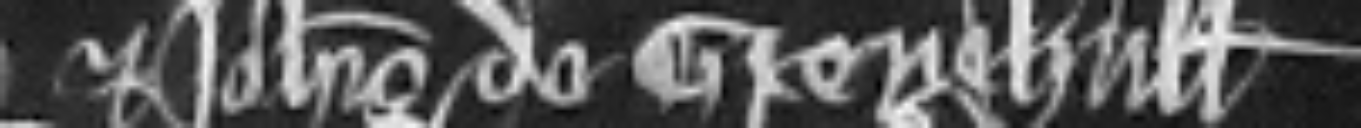
et Johannis de Grenehull